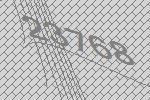
23768